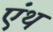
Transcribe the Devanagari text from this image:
एंथ